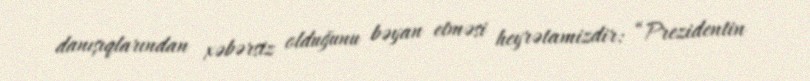
danışıqlarından xəbərsiz olduğunu bəyan etməsi heyrətamizdir: “Prezidentin